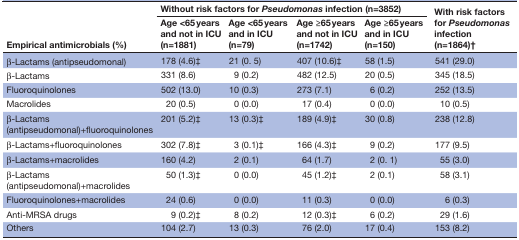
| <ROWSPAN=2> Empirical antimicrobials (%) | <COLSPAN=4> Without risk factors for Pseudomonas infection (n=3852) | <ROWSPAN=2> With risk factors for Pseudomonas infection (n=1864)† |
 | Age <65 years and not in ICU (n=1881) | Age <65 years and in ICU (n=79) | Age ≥65 years and not in ICU (n=1742) | Age ≥65 years and in ICU (n=150) |
 | --- | --- | --- | --- | --- | --- |
 | β-Lactams (antipseudomonal) | 178 (4.6)‡ | 21 (0. 5) | 407 (10.6)‡ | 58 (1.5) | 541 (29.0) |
 | β-Lactams | 331 (8.6) | 9 (0.2) | 482 (12.5) | 20 (0.5) | 345 (18.5) |
 | Fluoroquinolones | 502 (13.0) | 10 (0.3) | 273 (7.1) | 6 (0.2) | 252 (13.5) |
 | Macrolides | 20 (0.5) | 0 (0.0) | 17 (0.4) | 0 (0.0) | 10 (0.5) |
 | β-Lactams (antipseudomonal)+fluoroquinolones | 201 (5.2)‡ | 13 (0.3)‡ | 189 (4.9)‡ | 30 (0.8) | 238 (12.8) |
 | β-Lactams+fluoroquinolones | 302 (7.8)‡ | 3 (0.1)‡ | 166 (4.3)‡ | 9 (0.2) | 177 (9.5) |
 | β-Lactams+macrolides | 160 (4.2) | 2 (0.1) | 64 (1.7) | 2 (0. 1) | 55 (3.0) |
 | β-Lactams (antipseudomonal)+macrolides | 50 (1.3)‡ | 0 (0.0) | 45 (1.2)‡ | 2 (0.1) | 58 (3.1) |
 | Fluoroquinolones+macrolides | 24 (0.6) | 0 (0.0) | 11 (0.3) | 0 (0.0) | 6 (0.3) |
 | Anti-MRSA drugs | 9 (0.2)‡ | 8 (0.2) | 12 (0.3)‡ | 6 (0.2) | 29 (1.6) |
 | Others | 104 (2.7) | 13 (0.3) | 76 (2.0) | 17 (0.4) | 153 (8.2) |